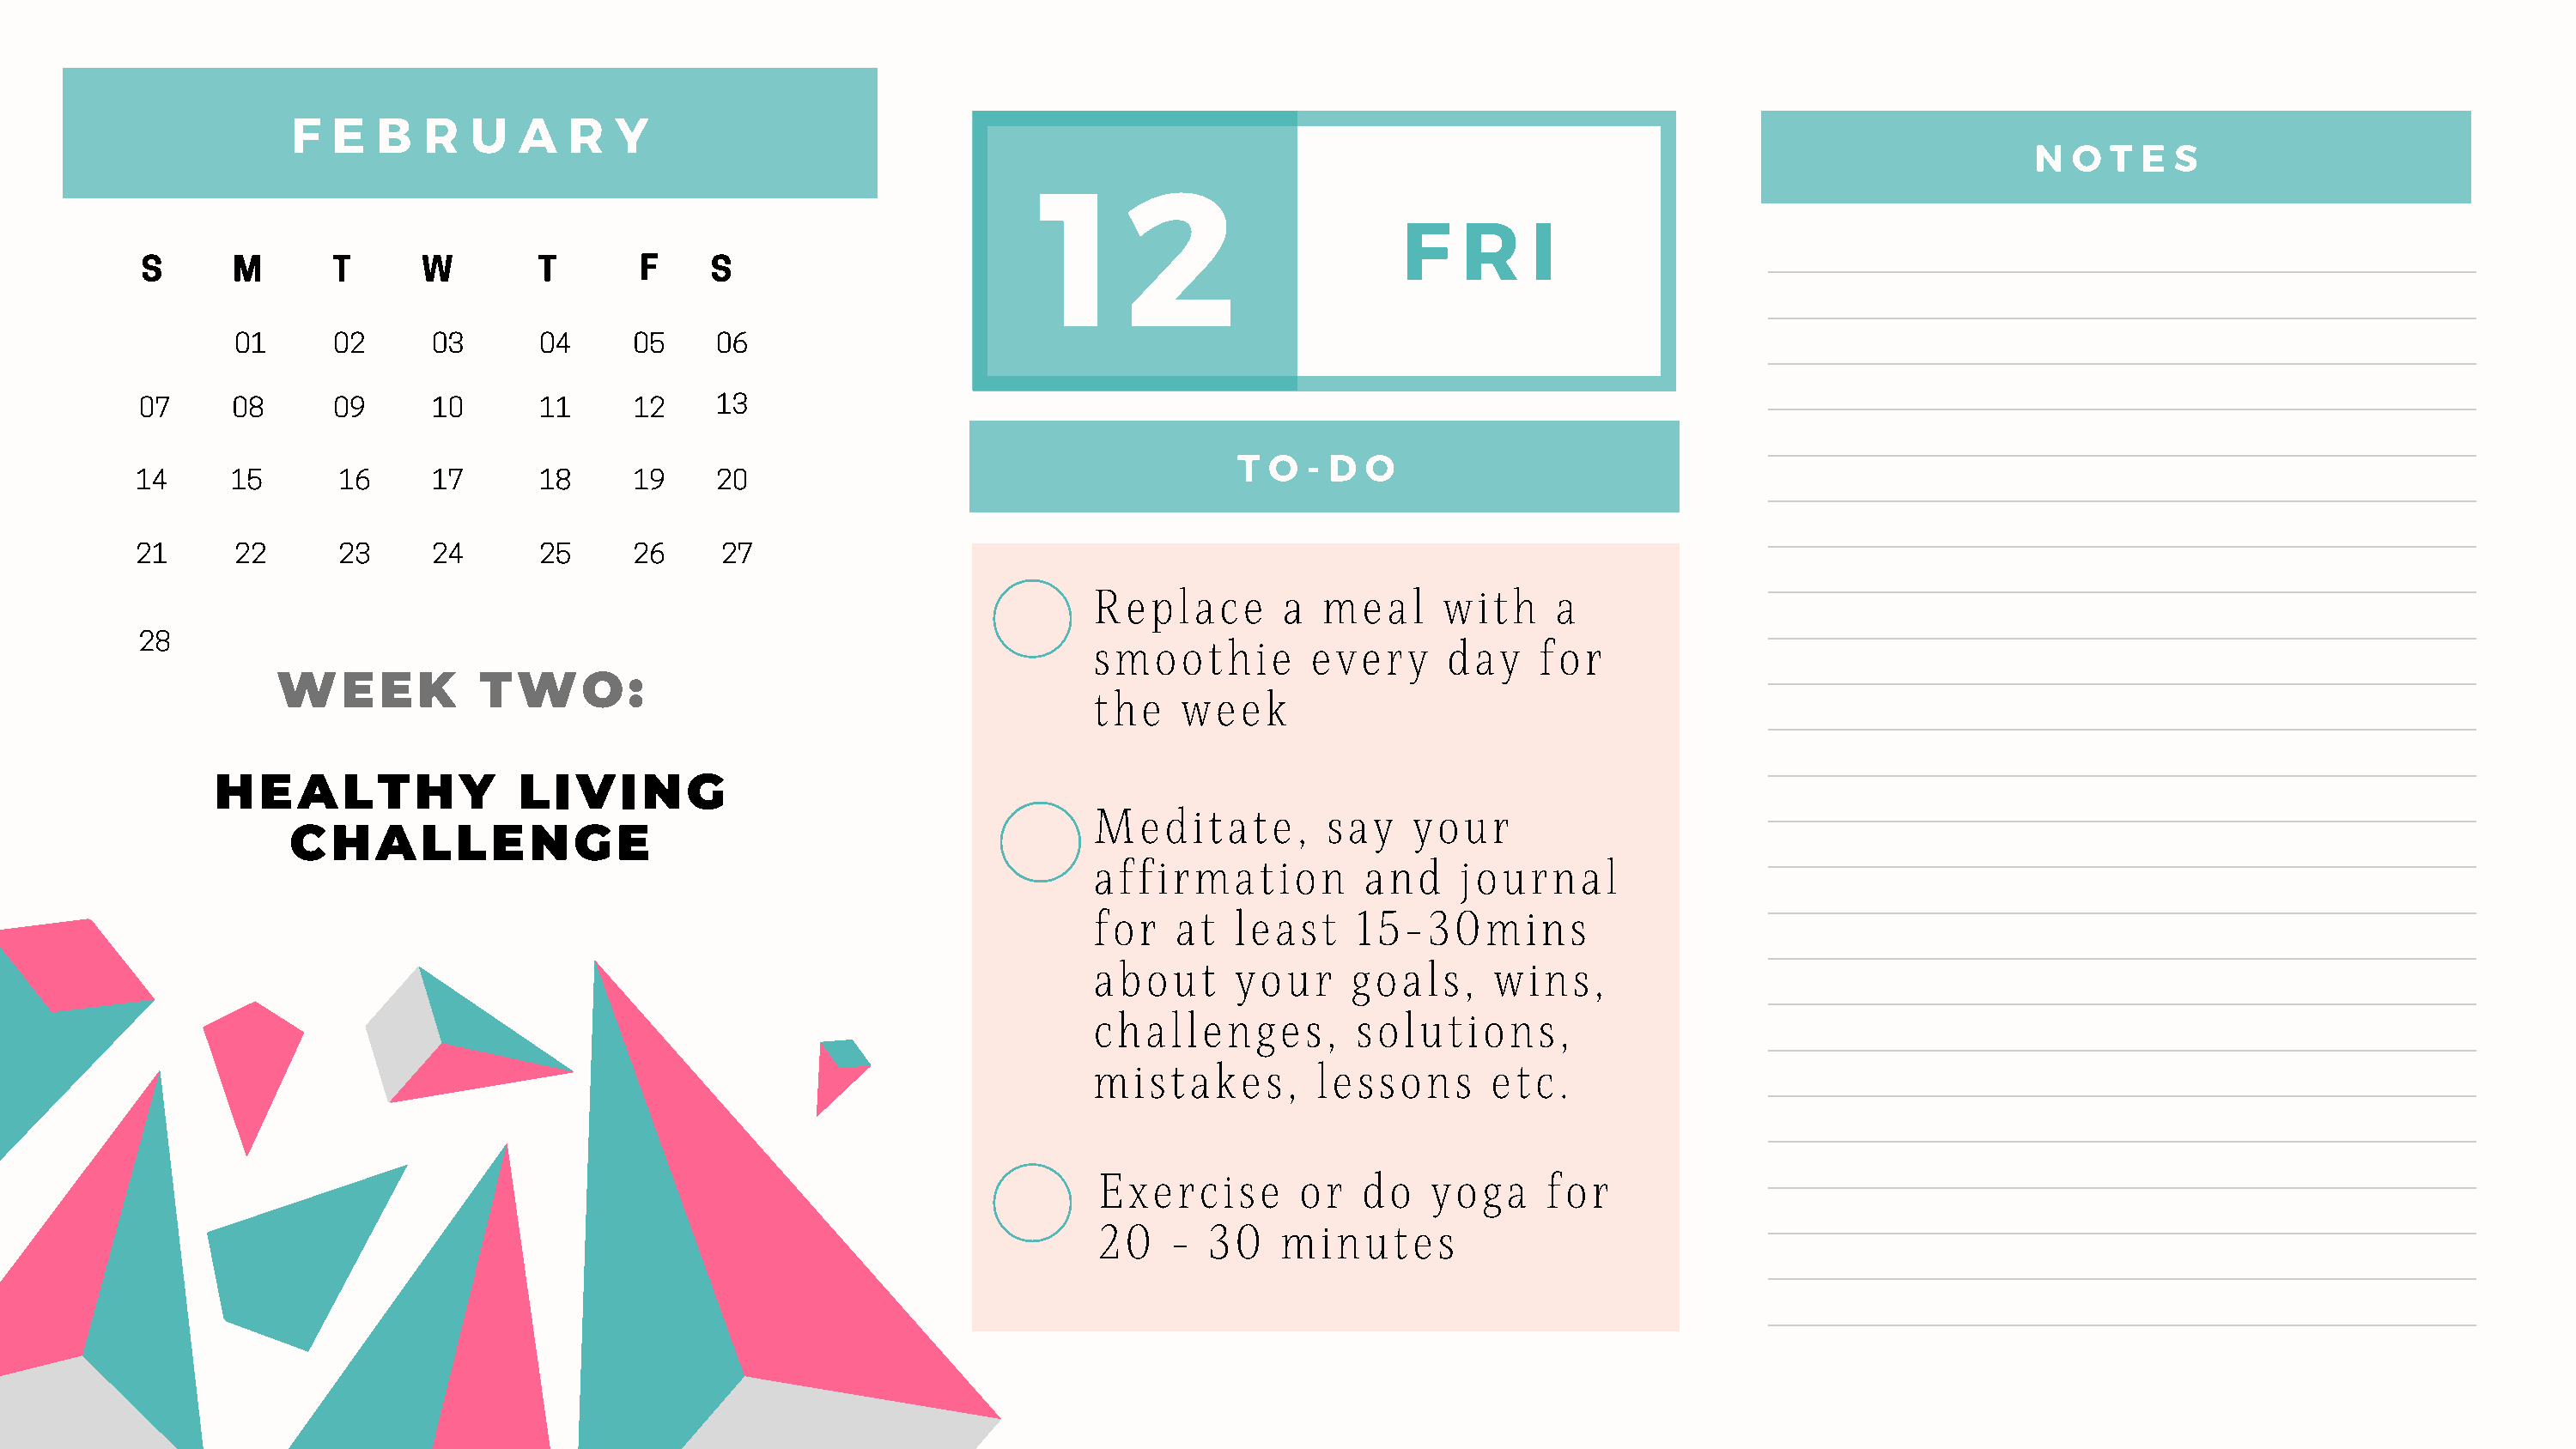
F   E  B   R  U   A   R  Y
 1      2                                                                     N  O  T E  S
 F    R    I
 S      M       T     W        T       F     S
 01      02     03       04     05    06
 07     08      09     10       11     12    13
 T  O  - D O
 14      15      16     17       18     19    20
 21      22      23     24       25     26     27
 Replace        a  meal     with     a
 28                                                                       smoothie         every      day    for
 WEEK            TWO:
 the    week
 HEALTHY                LIVING
 Meditate,         say    your
 CHALLENGE
 affirmation          and     journal
 for    at  least     15-30mins
 about      your     goals,     wins,
 challenges,          solutions,
 mistakes,         lessons      etc.
 Exercise       or   do   yoga     for
 20   -  30    minutes